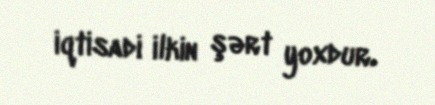
iqtisadi ilkin şərt yoxdur.